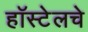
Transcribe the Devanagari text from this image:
हॉस्टेलचे